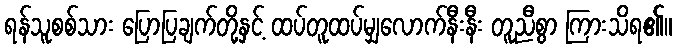
ရန်သူစစ်သား ပြောပြချက်တို့နှင့် ထပ်တူထပ်မျှလောက်နီးနီး တူညီစွာ ကြားသိရ၏။